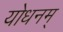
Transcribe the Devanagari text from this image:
योधनम्